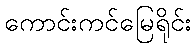
ကောင်းကင်မြေရိုင်း